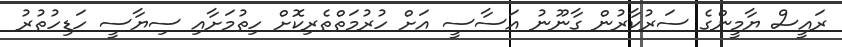
ރައީސް ޔާމީންގެ ސަރުކާރުން ގާނޫނު އަސާސީ އަށް ހުރުމަތްތެރިކޮށް ހިތުމަށާއި ސިޔާސީ ހަޑިހުތުރު